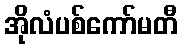
အိုလံပစ်ကော်မတီ